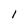
Character: l